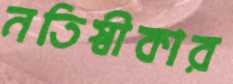
নতিস্বীকার